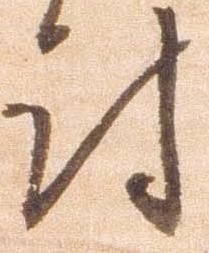
討